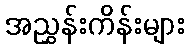
အညွှန်းကိန်းများ